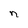
Character: n